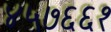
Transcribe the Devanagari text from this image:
४५७६६१